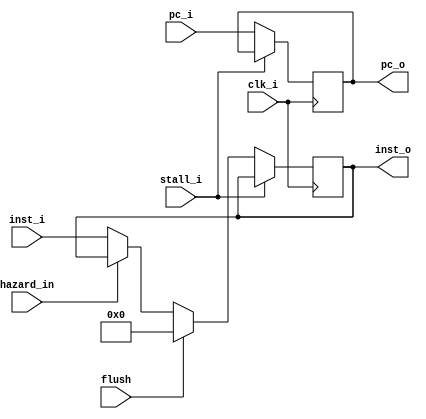
module IF_ID (
  input clk_i,
  input [31:0] inst_i,
  input [31:0] pc_i,
  input hazard_in,
  input flush,
  input stall_i,
  output reg [31:0] inst_o = 32'd0,
  output reg [31:0] pc_o = 32'd0
);

always @(posedge clk_i) begin
  if (stall_i) begin
  end
  else begin
    pc_o <= pc_i;
    inst_o <= ( 
      (flush)? 32'b0 : // flush
      (hazard_in)? inst_o : // stall
      inst_i
    );
  end
end

endmodule